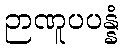
ဉာဏူပပန္နံ